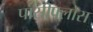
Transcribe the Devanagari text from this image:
पॉसीफ्लोरा